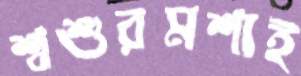
শ্বশুরমশাই